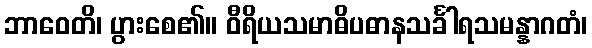
ဘာဝေတိ၊ ပွားစေ၏။ ဝီရိယသမာဓိပဓာနသင်္ခါရသမန္နာဂတံ၊